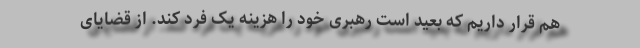
هم قرار داریم که بعید است رهبری خود را هزینه یک فرد کند. از قضایای